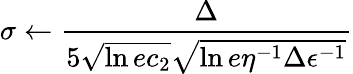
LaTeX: \sigma\gets\frac{\Delta}{5\sqrt{\ln{ec_{2}}}\sqrt{\ln{e\eta^{-1}\Delta\epsilon^{-1}}}}